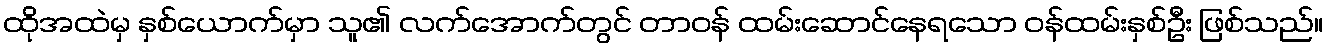
ထိုအထဲမှ နှစ်ယောက်မှာ သူ၏ လက်အောက်တွင် တာဝန် ထမ်းဆောင်နေရသော ဝန်ထမ်းနှစ်ဦး ဖြစ်သည်။